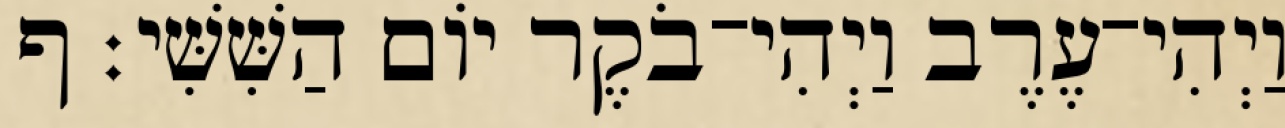
וַיְהִי־עֶרֶב וַיְהִי־בֹקֶר יֹום הַשִּׁשִּׁי׃ ף